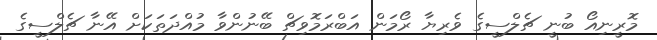
މޮރީނިއޯ ބުނީ ޗެލްސީގެ ވެރިޔާ ރޯމަން އަބްރަމޮވިޗް ބޭނުންވާ މުއްދަތަކަށް އޭނާ ޗެލްސީގެ